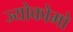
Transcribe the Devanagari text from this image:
ज्योकोमो